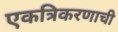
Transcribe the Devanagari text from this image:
एकत्रिकरणाची